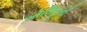
બૉલિવૂડની